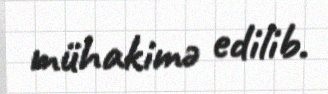
mühakimə edilib.